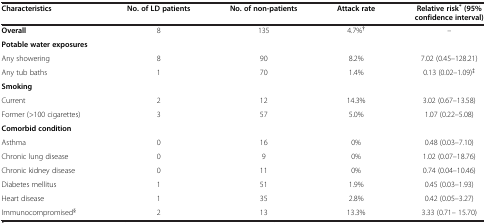
<table><thead><tr><td><b>Characteristics</b></td><td><b>No. of LD patients</b></td><td><b>No. of non-patients</b></td><td><b>Attack rate</b></td><td><b>Relative risk<sup>* </sup>(95% confidence interval)</b></td></tr></thead><tbody><tr><td><b>Overall</b></td><td>8</td><td>135</td><td>4.7%<sup>†</sup></td><td>--</td></tr><tr><td><b>Potable water exposures</b></td><td> </td><td> </td><td> </td><td> </td></tr><tr><td>Any showering</td><td>8</td><td>90</td><td>8.2%</td><td>7.02 (0.45–128.21)</td></tr><tr><td>Any tub baths</td><td>1</td><td>70</td><td>1.4%</td><td>0.13 (0.02–1.09)<sup>‡</sup></td></tr><tr><td><b>Smoking</b></td><td> </td><td> </td><td> </td><td> </td></tr><tr><td>Current</td><td>2</td><td>12</td><td>14.3%</td><td>3.02 (0.67–13.58)</td></tr><tr><td>Former (&gt;100 cigarettes)</td><td>3</td><td>57</td><td>5.0%</td><td>1.07 (0.22–5.08)</td></tr><tr><td><b>Comorbid condition</b></td><td> </td><td> </td><td> </td><td> </td></tr><tr><td>Asthma</td><td>0</td><td>16</td><td>0%</td><td>0.48 (0.03–7.10)</td></tr><tr><td>Chronic lung disease</td><td>0</td><td>9</td><td>0%</td><td>1.02 (0.07–18.76)</td></tr><tr><td>Chronic kidney disease</td><td>0</td><td>11</td><td>0%</td><td>0.74 (0.04–10.46)</td></tr><tr><td>Diabetes mellitus</td><td>1</td><td>51</td><td>1.9%</td><td>0.45 (0.03–1.93)</td></tr><tr><td>Heart disease</td><td>1</td><td>35</td><td>2.8%</td><td>0.42 (0.05–3.27)</td></tr><tr><td>Immunocompromised<sup>§</sup></td><td>2</td><td>13</td><td>13.3%</td><td>3.33 (0.71– 15.70)</td></tr></tbody></table>